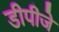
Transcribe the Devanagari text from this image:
डीपीजे